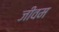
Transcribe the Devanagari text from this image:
जीवम